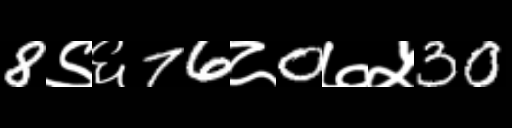
Text: 8९६76८0७५30